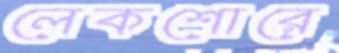
লেকশোরে